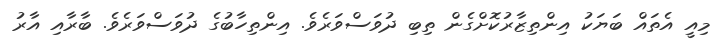
މިއީ އެތައް ބަޔަކު އިންތިޒާރުކޮށްގެން ތިބި ދުވަސްވަރެވެ. އިންތިހާބުގެ ދުވަސްވަރެވެ. ބާރާއި އާރު